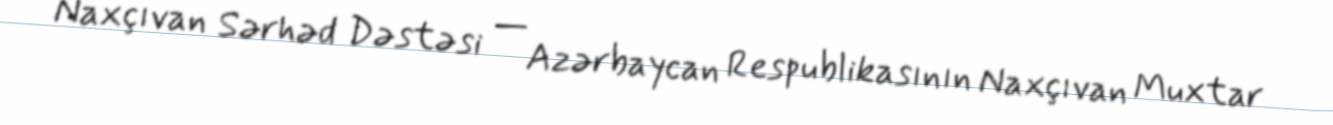
Naxçıvan Sərhəd Dəstəsi — Azərbaycan Respublikasının Naxçıvan Muxtar